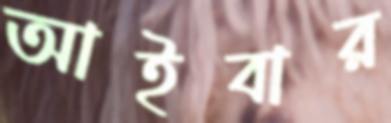
আইবার